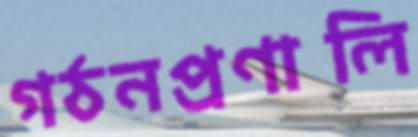
গঠনপ্রণালি